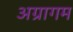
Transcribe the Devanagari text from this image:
अग्रागम